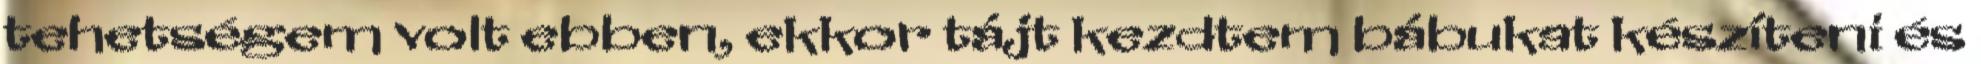
tehetségem volt ebben, ekkor tájt kezdtem bábukat készíteni és